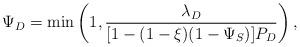
LaTeX: \begin{align*}\Psi_D = \min\left(1, \frac{\lambda_D}{[1-(1-\xi)(1-\Psi_S)]P_D}\right),\end{align*}